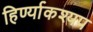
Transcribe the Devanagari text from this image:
हिर्ण्याकश्यप